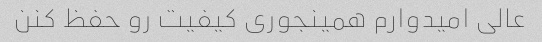
عالی امیدوارم همینجوری کیفیت رو حفظ کنن